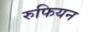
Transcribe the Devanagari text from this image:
रुफियन